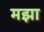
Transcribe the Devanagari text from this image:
मझा